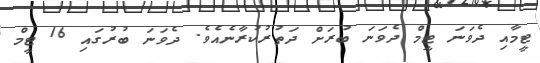
ޓީމާއި ދެވަނަ ޓީމް ދެވަނަ ބުރަށް ދަތުރުކުރާނެއެވެ. ދެވަނަ ބުރުގައި 16 ޓީމް